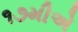
૧૭મીએ